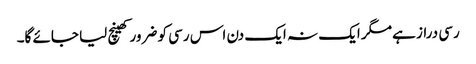
رسی دراز ہے مگر ایک نہ ایک دن اس رسی کو ضرور کھینچ لیا جائے گا۔